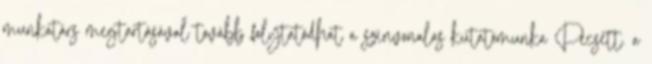
munkatárs megtartásával tovább folytatódhat a színvonalas kutatómunka Pécsett. a